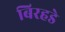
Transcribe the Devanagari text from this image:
बिरहडे